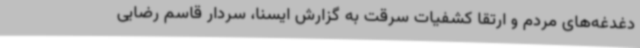
دغدغه‌های مردم و ارتقا کشفیات سرقت به گزارش ایسنا، سردار قاسم رضایی